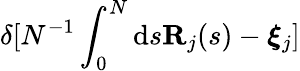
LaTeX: \delta[N^{-1}\int_{0}^{N}\mathrm{d}s\mathbf{R}_{j}(s)-\boldsymbol{\xi}_{j}]